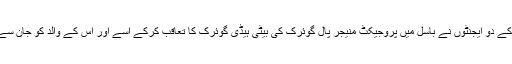
اپریل ۱۹۶۳ء میں موساد کے دو ایجنٹوں نے باسل میں پروجیکٹ منیجر پال گوئرک کی بیٹی ہیڈی گوئرک کا تعاقب کرکے اسے اور اس کے والد کو جان سے مارنے کی دھمکی تھی۔